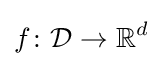
f\colon {\mathcal {D}}\rightarrow \mathbb {R} ^{d}